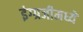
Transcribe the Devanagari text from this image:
इंग्ग्रजीमध्ये